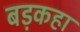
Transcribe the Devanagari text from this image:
बड़कहा